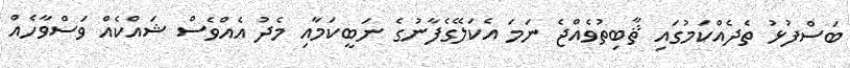
ބަސްފުޅު ތެދެއްކަމުގައި ޘާބިތުވެއްޖެ ނަމަ އެކަލޭގެފާނުގެ ނަބީކަމާއި މެދު އެއްވެސް ޝައްކެއް ވަސްވާހެއް